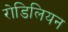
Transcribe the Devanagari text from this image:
रोडिलियन